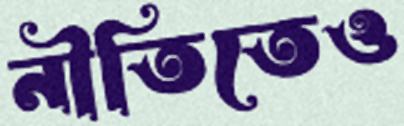
নীতিতেও